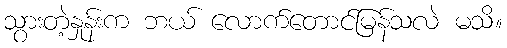
သွားတဲ့နှုန်းက ဘယ် လောက်တောင်မြန်သလဲ မသိ။